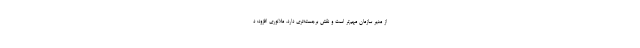
از مدیر سازمان مهم‌تر است و نقش برجسته‌تری دارد. ملانوری افزود: د